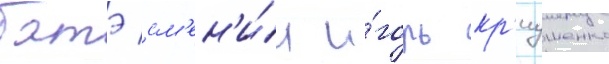
батэ см'ен'и́л и́горь кр'иушенко